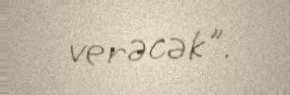
verəcək".